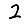
Digit: 2